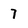
Character: 7